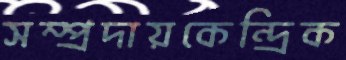
সম্প্রদায়কেন্দ্রিক